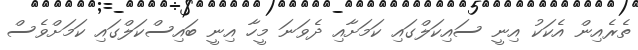
ތެރެއިން އެކަކު އިނީ ސައިކަލްގައި ކަމަށާއި ދެވަނަ މީހާ އިނީ ބައިސްކަލްގައި ކަމަށްވެސް